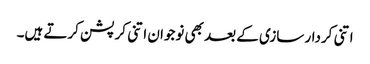
اتنی کردار سازی کے بعد بھی نوجوان اتنی کرپشن کرتے ہیں۔